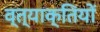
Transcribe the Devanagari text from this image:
व्त्याक्तियों